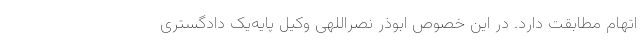
اتهام مطابقت دارد. در این خصوص ابوذر نصراللهی وکیل پایه‌یک دادگستری